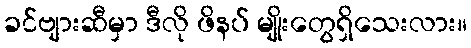
ခင်ဗျားဆီမှာ ဒီလို ဖိနပ် မျိုးတွေရှိသေးလား။